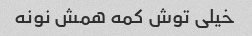
خیلى توش کمه همش نونه